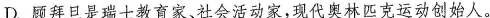
C.《我一生中的重要抉择》的作者王选被誉为”当代毕昇”。